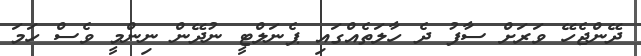
ދޭންޖެހޭ ވަރަށް ސާފު ދެ ހާލަތެއްގައި ޕެނަލްޓީ ނުދޭން ނިންމީ ވެސް ހަމަ